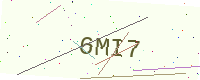
Text: 6MI7